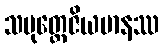
သမုတ္တေဇိယမာနဿ